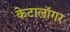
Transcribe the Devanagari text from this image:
केटालॉगर